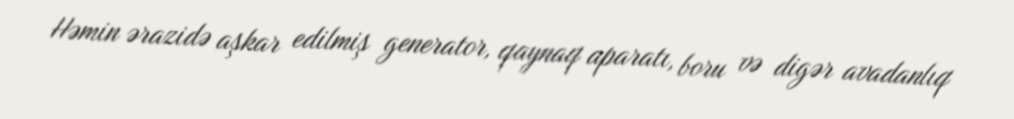
Həmin ərazidə aşkar edilmiş generator, qaynaq aparatı, boru və digər avadanlıq